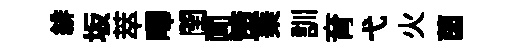
緋坂萃嗶閏闻策乗訓育弋火茵